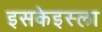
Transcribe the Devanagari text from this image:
इसकेइस्ला